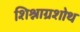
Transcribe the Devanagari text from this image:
शिश्नाग्रशोथ